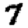
Digit: 7